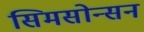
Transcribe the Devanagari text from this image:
सिमसोन्सन